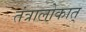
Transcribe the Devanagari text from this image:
तंत्रालोकात्